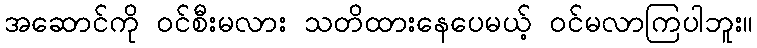
အဆောင်ကို ဝင်စီးမလား သတိထားနေပေမယ့် ဝင်မလာကြပါဘူး။